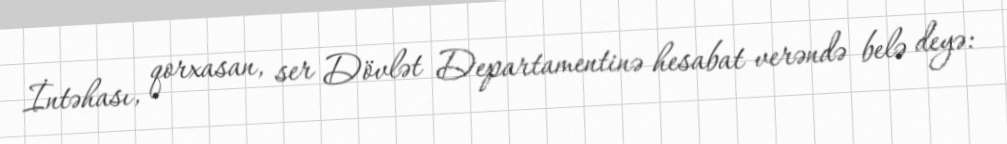
İntəhası, qorxasan, ser Dövlət Departamentinə hesabat verəndə belə deyə: